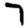
Digit: 7